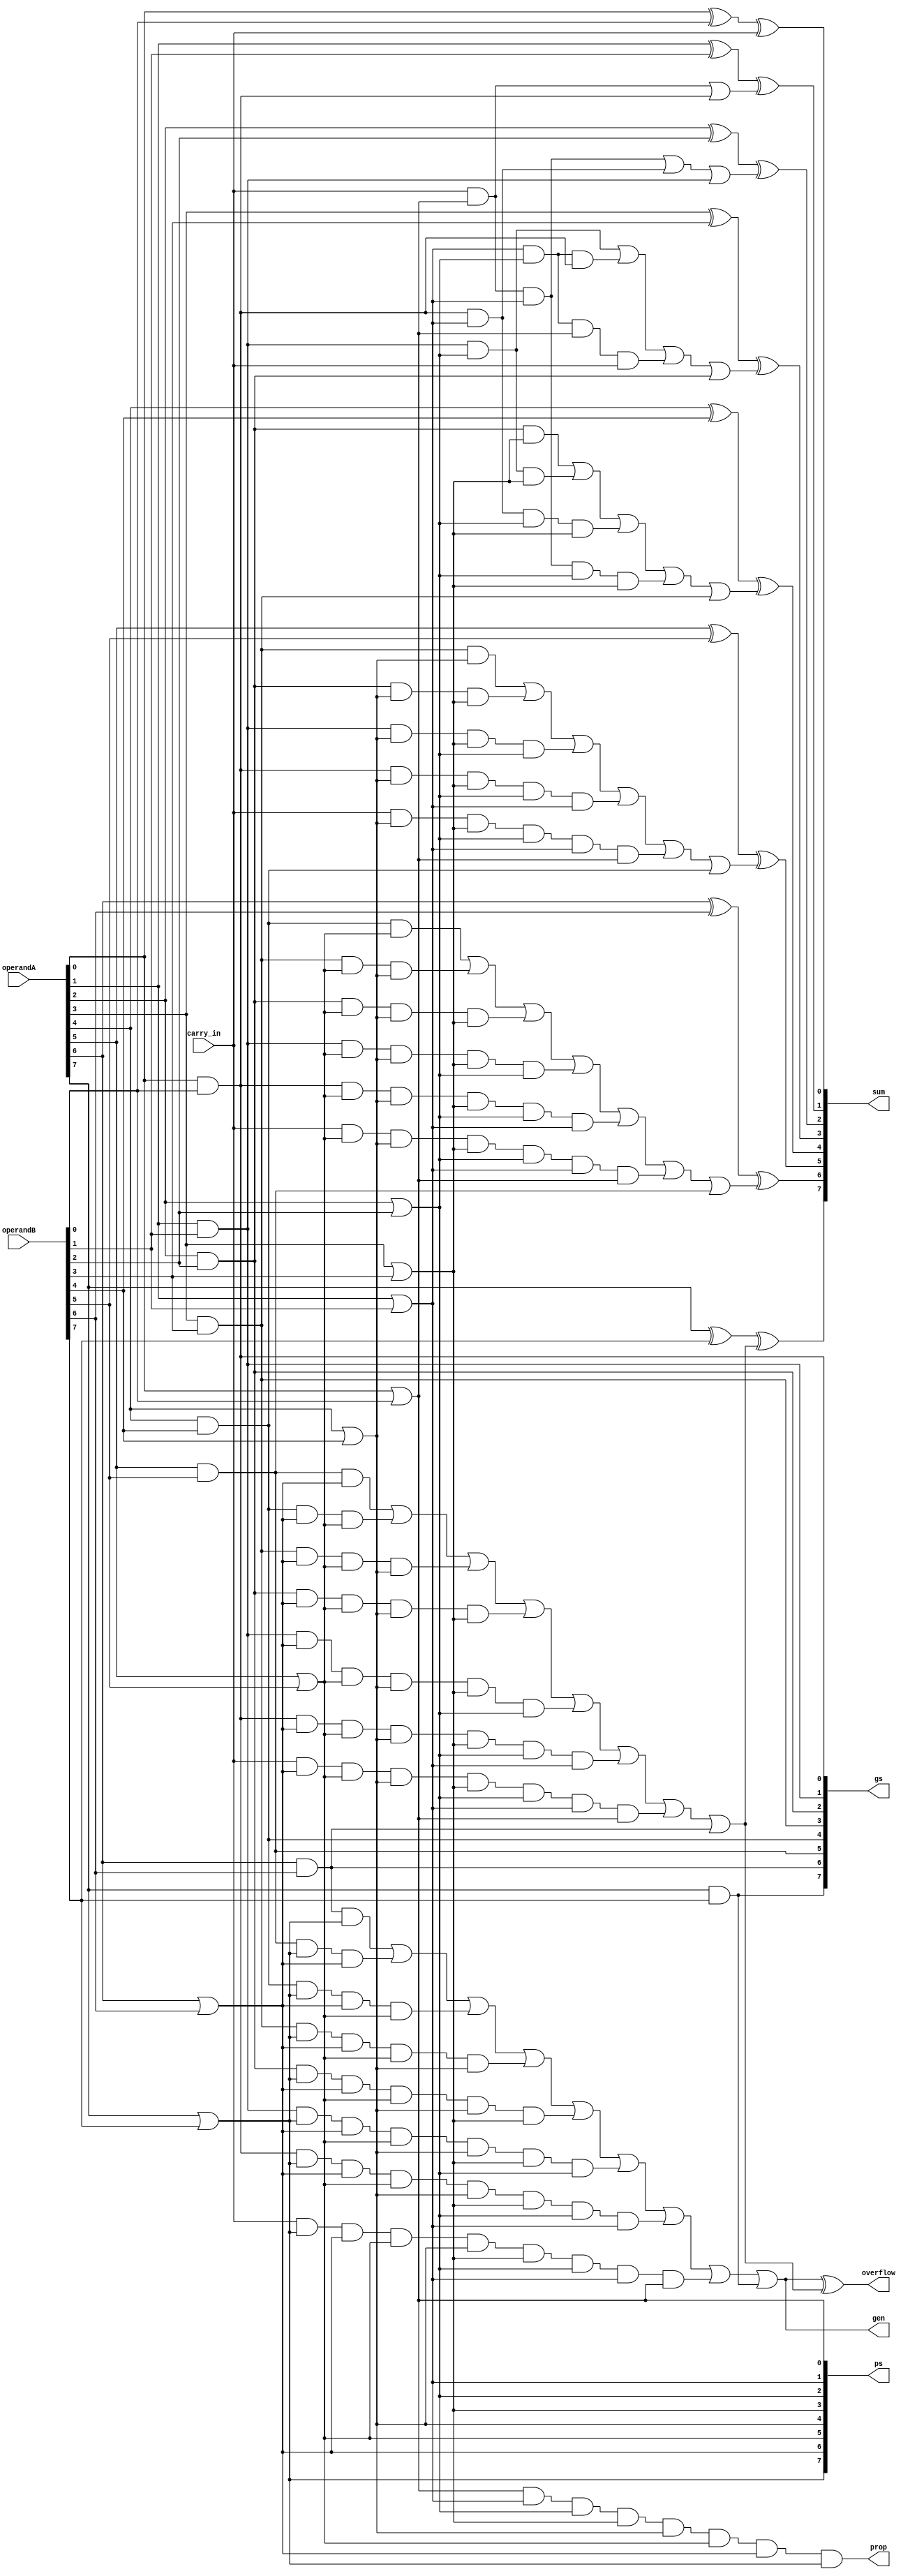
module cla_8(
    input carry_in, 
    input [7:0] operandA, 
    input [7:0] operandB, 
    output [7:0] sum, 
    output [7:0] ps,
    output [7:0] gs,
    output prop, 
    output gen, 
    output overflow
);

    wire [7:0] carry;
    assign carry[0] = carry_in;

    // Generate Ps, Gs, and Sum
    genvar bit;
    generate
        for (bit = 0; bit < 8; bit= bit + 1) begin:lookaheads
            and g(gs[bit], operandA[bit], operandB[bit]);
            or p(ps[bit], operandA[bit], operandB[bit]);
            xor sum2(sum[bit], operandA[bit], operandB[bit], carry[bit]);
        end
    endgenerate

    // Create c1 (i=0)
    wire c1_t1;
    and and1_c1(c1_t1, carry_in, ps[0]);
    or out_c1(carry[1], c1_t1, gs[0]);

    // Create c2 (i=1)
    wire c2_t1, c2_t2;
    and and1_c2(c2_t1, carry_in, ps[0], ps[1]);
    and and2_c2(c2_t2, gs[0], ps[1]);
    or out_c2(carry[2], c2_t1, c2_t2, gs[1]);

    // Create c3 (i=2)
    wire c3_t1, c3_t2, c3_t3;
    and and1_c3(c3_t1, gs[1], ps[2]);
    and and2_c3(c3_t2, ps[1], ps[2], gs[0]);
    and and3_c3(c3_t3, ps[1], ps[2], ps[0], carry_in);
    or out_c3(carry[3], c3_t1, c3_t2, c3_t3, gs[2]);

    // Create c4 (i=3)
    wire c4_t1, c4_t2, c4_t3, c4_t4;
    and and1_c4(c4_t1, gs[2], ps[3]);
    and and2_c4(c4_t2, gs[1], ps[2], ps[3]);
    and and3_c4(c4_t3, gs[0], ps[1], ps[2], ps[3]);
    and and4_c4(c4_t4, carry_in, ps[0], ps[1], ps[2], ps[3]);
    or out_c4(carry[4], c4_t1, c4_t2, c4_t3, c4_t4, gs[3]);

    // Create c5 (i=4)
    wire c5_t1, c5_t2, c5_t3, c5_t4, c5_t5;
    and and1_c5(c5_t1, gs[3], ps[4]);
    and and2_c5(c5_t2, gs[2], ps[4], ps[3]);
    and and3_c5(c5_t3, gs[1], ps[4], ps[3], ps[2]);
    and and4_c5(c5_t4, gs[0], ps[4], ps[3], ps[2], ps[1]);
    and and5_c5(c5_t5, carry_in, ps[4], ps[3], ps[2], ps[1], ps[0]);
    or out_c5(carry[5], c5_t1, c5_t2, c5_t3, c5_t4, c5_t5, gs[4]);

    // Create c6 (i=5)
    wire c6_t1, c6_t2, c6_t3, c6_t4, c6_t5, c6_t6;
    and and1_c6(c6_t1, gs[4], ps[5]);
    and and2_c6(c6_t2, gs[3], ps[5], ps[4]);
    and and3_c6(c6_t3, gs[2], ps[5], ps[4], ps[3]);
    and and4_c6(c6_t4, gs[1], ps[5], ps[4], ps[3], ps[2]);
    and and5_c6(c6_t5, gs[0], ps[5], ps[4], ps[3], ps[2], ps[1]);
    and and6_c6(c6_t6, carry_in, ps[5], ps[4], ps[3], ps[2], ps[1], ps[0]);
    or out_c6(carry[6], c6_t1, c6_t2, c6_t3, c6_t4, c6_t5, c6_t6, gs[5]);

    // Create c7 (i=6)
    wire c7_t1, c7_t2, c7_t3, c7_t4, c7_t5, c7_t6, c7_t7;
    and and1_c7(c7_t1, gs[5], ps[6]);
    and and2_c7(c7_t2, gs[4], ps[6], ps[5]);
    and and3_c7(c7_t3, gs[3], ps[6], ps[5], ps[4]);
    and and4_c7(c7_t4, gs[2], ps[6], ps[5], ps[4], ps[3]);
    and and5_c7(c7_t5, gs[1], ps[6], ps[5], ps[4], ps[3], ps[2]);
    and and6_c7(c7_t6, gs[0], ps[6], ps[5], ps[4], ps[3], ps[2], ps[1]);
    and and7_c7(c7_t7, carry_in, ps[6], ps[5], ps[4], ps[3], ps[2], ps[1], ps[0]);
    or out_c7(carry[7], c7_t1, c7_t2, c7_t3, c7_t4, c7_t5, c7_t6, c7_t7, gs[6]);

    // Create overall propogate signal
    and prop_out(prop, ps[0], ps[1], ps[2], ps[3], ps[4], ps[5], ps[6], ps[7]);

    // Create overall generate signal
    wire gen_t1, gen_t2, gen_t3, gen_t4, gen_t5, gen_t6, gen_t7, gen_t8;
    and and1_gen(gen_t1, gs[6], ps[7]);
    and and2_gen(gen_t2, gs[5], ps[7], ps[6]);
    and and3_gen(gen_t3, gs[4], ps[7], ps[6], ps[5]);
    and and4_gen(gen_t4, gs[3], ps[7], ps[6], ps[5], ps[4]);
    and and6_gen(gen_t5, gs[2], ps[7], ps[6], ps[5], ps[4], ps[3]);
    and and7_gen(gen_t6, gs[1], ps[7], ps[6], ps[5], ps[4], ps[3], ps[2]);
    and and8_gen(gen_t7, gs[0], ps[7], ps[6], ps[5], ps[4], ps[3], ps[2], ps[1]);
    and and9_gen(gen_t8, carry_in, ps[7], ps[6], ps[5], ps[4], ps[3], ps[2], ps[1], ps[0]);
    or out_gen(gen, gen_t1, gen_t2, gen_t3, gen_t4, gen_t5, gen_t6, gen_t7, gen_t8, gs[7]);

    // Overflow bit (value only used for the most significant adder)
    xor(overflow, gen, carry[7]);

endmodule